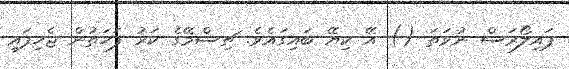
ޕައިލޯރަސް ނުވަތަ () އޭ ކިޔޭ ބައިގައެވެ. ޗިސްމޭގެ ކަރު ފަހަތުން ޖެހިފައި